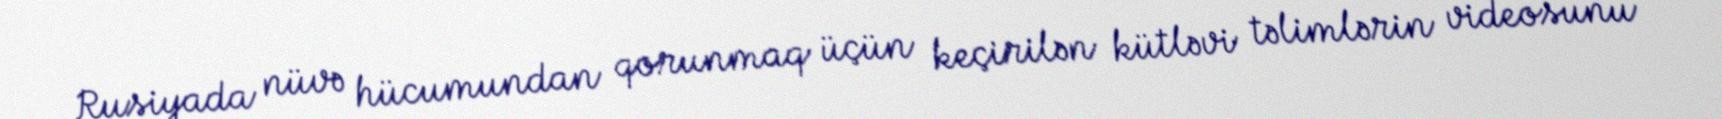
Rusiyada nüvə hücumundan qorunmaq üçün keçirilən kütləvi təlimlərin videosunu